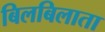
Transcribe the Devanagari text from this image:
बिलबिलाता